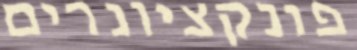
פונקציונרים